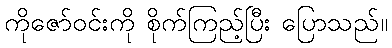
ကိုဇော်ဝင်းကို စိုက်ကြည့်ပြီး ပြောသည်။